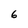
Character: 6